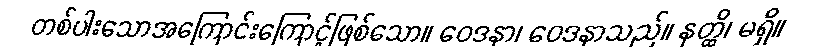
တစ်ပါးသောအကြောင်းကြောင့်ဖြစ်သော။ ဝေဒနာ၊ ဝေဒနာသည်။ နတ္ထိ၊ မရှိ။